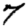
Digit: 7